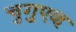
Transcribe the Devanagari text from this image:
चुगुएव्ह